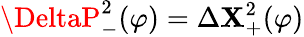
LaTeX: \DeltaP_{-}^{2}(\varphi)=\Delta\mathbf{X}_{+}^{2}(\varphi)